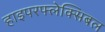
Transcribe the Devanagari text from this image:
हाइपरफ्लेक्सिबल